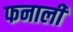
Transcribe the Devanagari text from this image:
फनाली